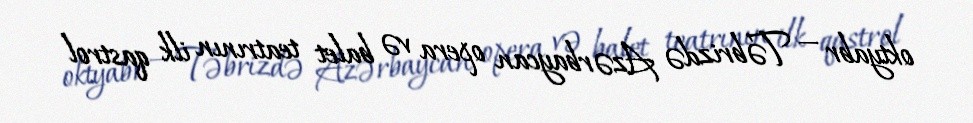
oktyabr — Təbrizdə Azərbaycan opera və balet teatrının ilk qastrol